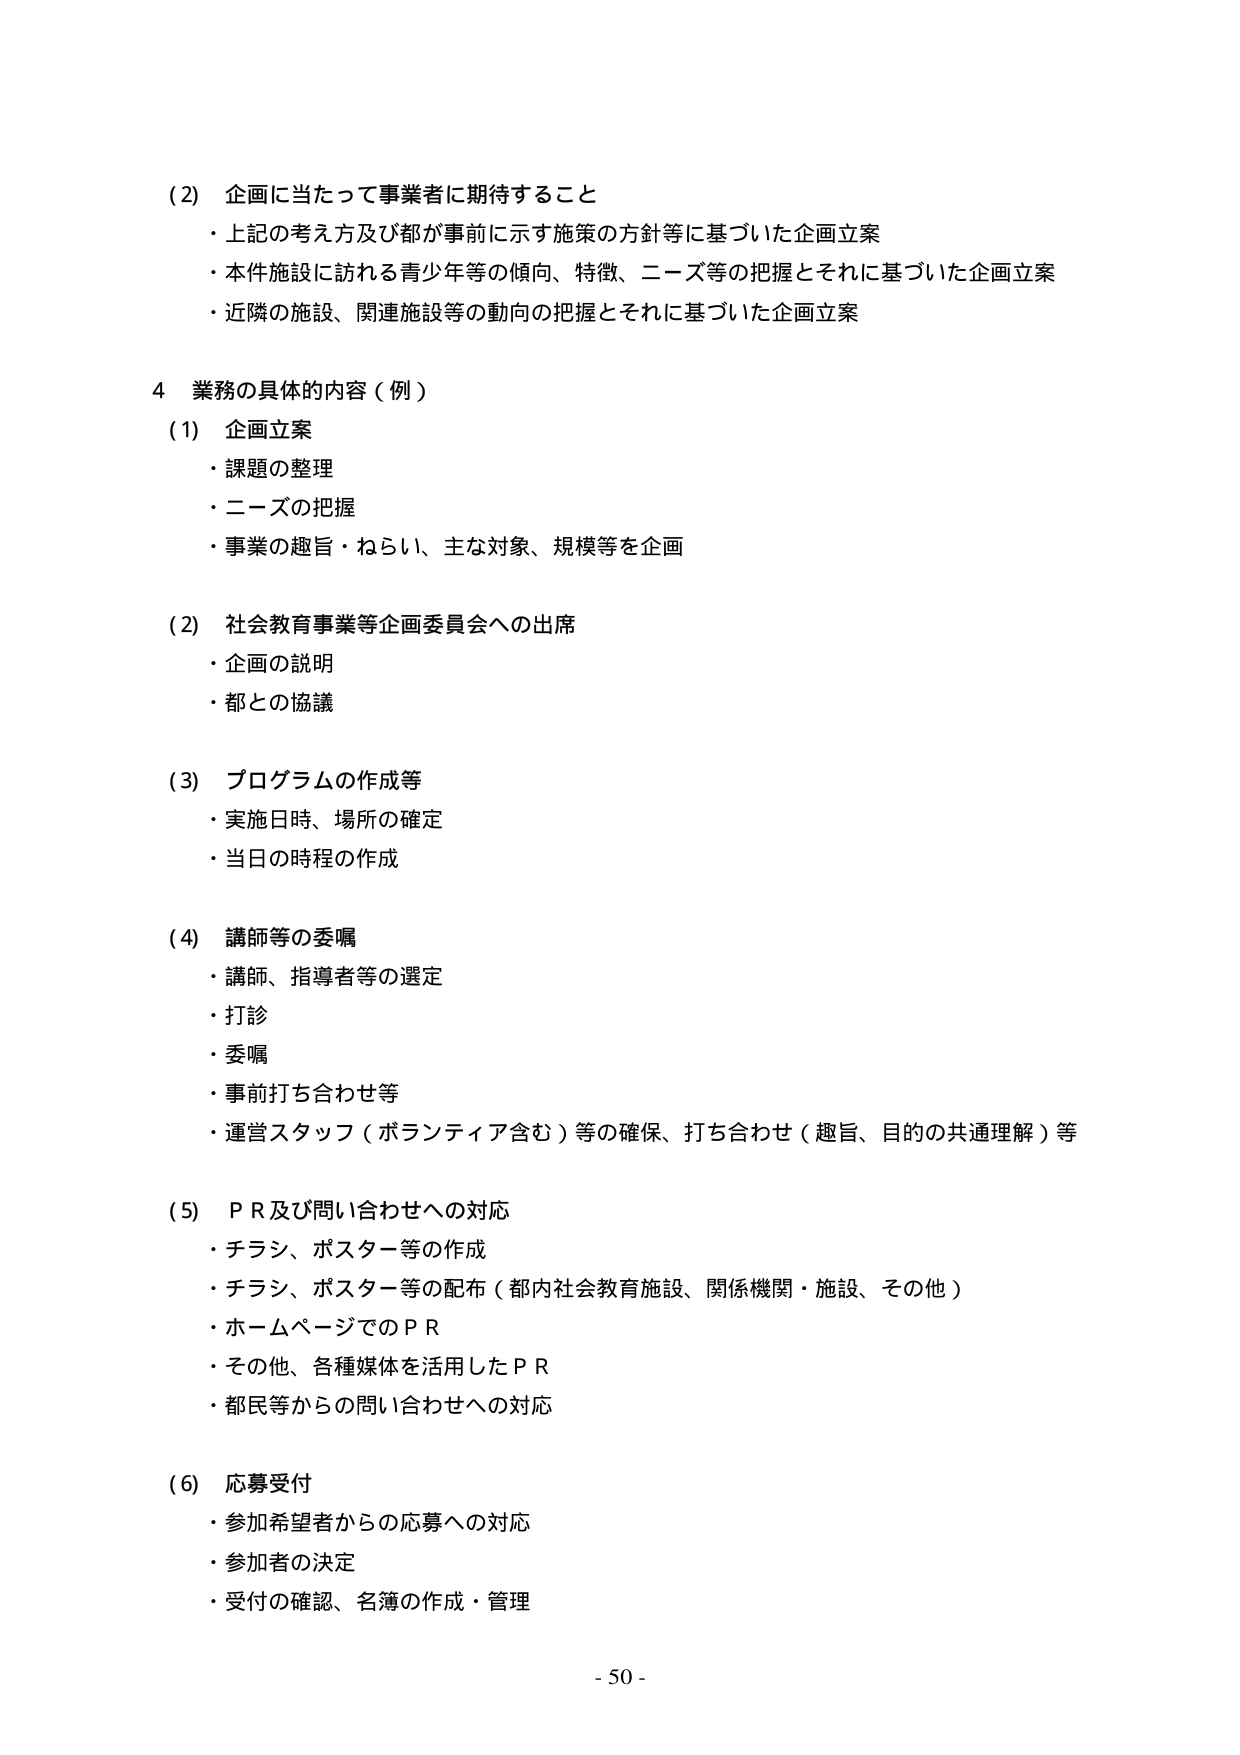
(2) 企画に当たって事業者に期待すること
・上記の考え方及び都が事前に示す施策の方針等に基づいた企画立案
・本件施設に訪れる青少年等の傾向、特徴、ニーズ等の把握とそれに基づいた企画立案
・近隣の施設、関連施設等の動向の把握とそれに基づいた企画立案

4 業務の具体的な内容（例）
(1) 企画立案
・課題の整理
・ニーズの把握
・事業の趣旨・ねらい、主な対象、規模等を企画

(2) 社会教育事業等企画委員会への出席
・企画の説明
・都との協議

(3) プログラムの作成等
・実施日時、場所の確定
・当日の時程の作成

(4) 講師等の委嘱
・講師、指導者等の選定
・打診
・委嘱
・事前打ち合わせ等
・運営スタッフ（ボランティア含む）等の確保、打ち合わせ（趣旨、目的の共通理解）等

(5) ＰＲ及び問い合わせへの対応
・チラシ、ポスター等の作成
・チラシ、ポスター等の配布（都内社会教育施設、関係機関・施設、その他）
・ホームページでのＰＲ
・その他、各種媒体を活用したＰＲ
・都民等からの問い合わせへの対応

(6) 応募受付
・参加希望者からの応募への対応
・参加者の決定
・受付の確認、名簿の作成・管理

- 50 -